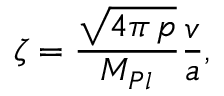
\zeta = \frac { \sqrt { 4 \pi \, p } } { M _ { P l } } \frac { v } { a } ,